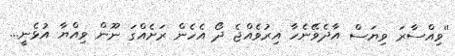
''ވިއްސާރަ ވިޔަސް އާދެވޭނެހާ އިރުވެއްޖެ ދޯ އެހެން ރަށެއްގަ ނޫން ވިއްޔާ އުޅެނީ...